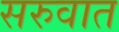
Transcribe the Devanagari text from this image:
सरुवात